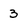
Character: 3